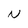
Character: N